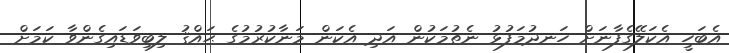
އެބަހީ އެކަލޭގެފާނަށް ހަނދުމަފުޅު ނެތުމަކުން އަދި އެކަން މަނާކުރުމުގެ ޙައްޤު ލިބިވަޑައިގެންވާ ކަމަށް